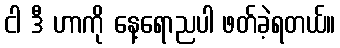
ငါ ဒီ ဟာကို နေ့ရောညပါ ဖတ်ခဲ့ရတယ်။